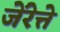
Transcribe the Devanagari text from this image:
जेंरेत्ते